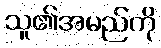
သူ၏အမည်ကို